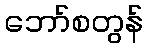
ဘော်စတွန်